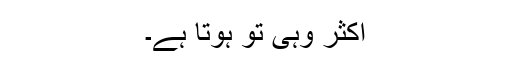
اکثر وہی تو ہوتا ہے۔